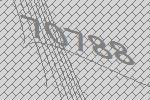
70788